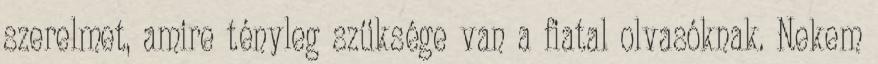
szerelmet, amire tényleg szüksége van a fiatal olvasóknak. Nekem